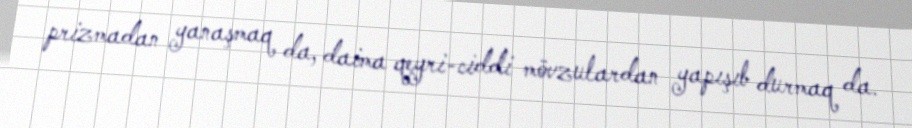
prizmadan yanaşmaq da, daima qeyri-ciddi mövzulardan yapışıb durmaq da.